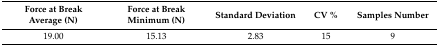
| Force at Break Average (N) | Force at Break Minimum (N) | Standard Deviation | CV % | Samples Number |
 | --- | --- | --- | --- | --- |
 | 19.00 | 15.13 | 2.83 | 15 | 9 |